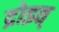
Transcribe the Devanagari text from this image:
द्रोइत्